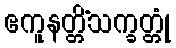
ဧကူနတ္တိံသက္ခတ္တုံ